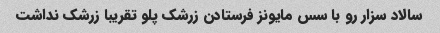
سالاد سزار رو با سس مایونز فرستادن زرشک پلو تقریبا زرشک نداشت